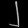
Digit: ၂